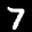
Label: 7